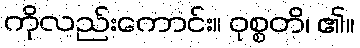
ကိုလည်းကောင်း။ ဝုစ္စတိ၊ ၏။